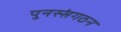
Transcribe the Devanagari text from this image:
पुनस्संगठन